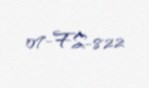
07-FS-822